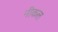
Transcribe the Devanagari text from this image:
नीकल